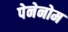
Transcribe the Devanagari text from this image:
पेनेनोम